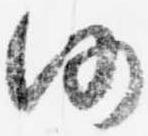
仍